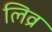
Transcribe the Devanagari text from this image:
लिव्र